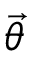
\vec { \theta }